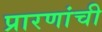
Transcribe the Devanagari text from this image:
प्रारणांची